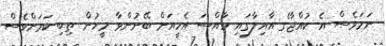
ނަމަވެސް އެ ކުއްޖާގެ އާއިލާގައި ހާއްސަ އެހީއަށް ބޭނުންވާ މީހުން ތިބި ކަމަށްވެސް